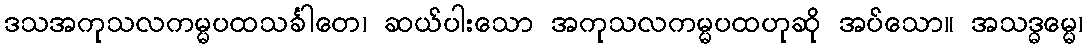
ဒသအကုသလကမ္မပထသင်္ခါတေ၊ ဆယ်ပါးသော အကုသလကမ္မပထဟုဆို အပ်သော။ အသဒ္ဓမ္မေ၊